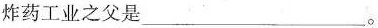
炸药工业之父是___。